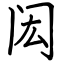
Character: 闳